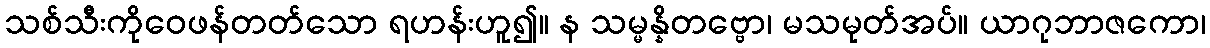
သစ်သီးကိုဝေဖန်တတ်သော ရဟန်းဟူ၍။ န သမ္မန္နိတဗ္ဗော၊ မသမုတ်အပ်။ ယာဂုဘာဇကော၊